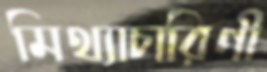
মিথ্যাচারিণী